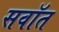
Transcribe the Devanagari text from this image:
सवॉत